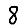
Digit: 8